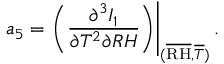
a _ { 5 } = \left. \left( \frac { \partial ^ { 3 } I _ { 1 } } { \partial T ^ { 2 } \partial R H } \right) \right\vert _ { ( \overline { { \mathrm { R H } } } , \overline { { T } } ) } .